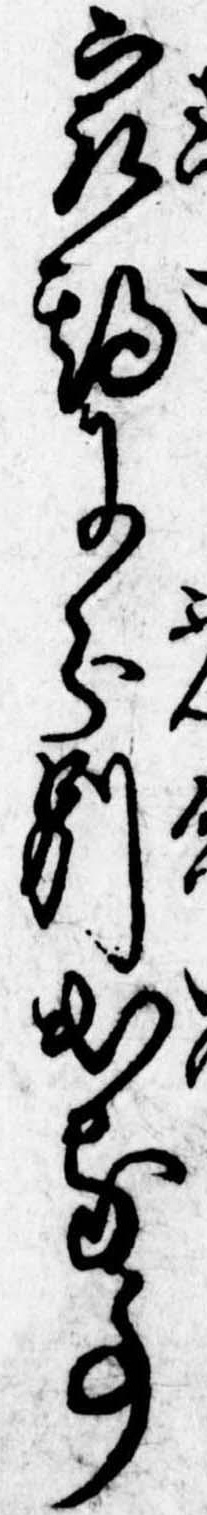
最期に分別出る事